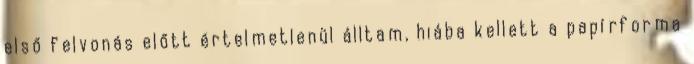
első felvonás előtt értelmetlenül álltam, hiába kellett a papírforma